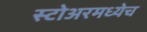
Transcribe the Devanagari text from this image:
स्टोअरमध्येच